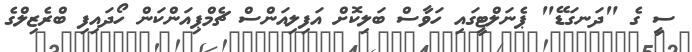
ސީ ގެ "ދަނގަޑޭ" ޕެނަލްޓީގައި ހަވާސް ބަލިކޮށް އަފިލިއަންސް ޗެމްޕިއަންކަން ހޯދައިފި ބްރެޒިލްގެ